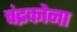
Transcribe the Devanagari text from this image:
चंद्रकोना